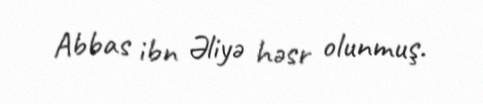
Abbas ibn Əliyə həsr olunmuş.